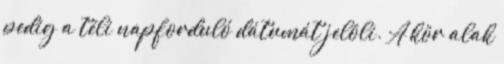
pedig a téli napforduló dátumát jelöli. A kör alak